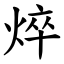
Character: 焠